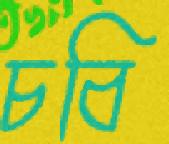
চবি